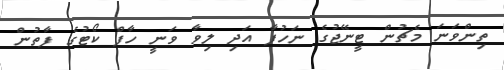
ތިންވަނަ މެޗުން ޓީނޭޖުގެ ނަހުފާ އަދި ލިވާ ވަނީ ހާފް ކޯޓުގެ ފާތުން